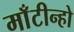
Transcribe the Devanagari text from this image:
माँटीन्हो